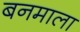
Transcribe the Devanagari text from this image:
बनमाला